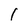
Character: 1